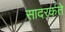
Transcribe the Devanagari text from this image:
सादरर्कते